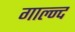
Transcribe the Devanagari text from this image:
गाल्न्द